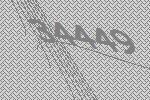
34449